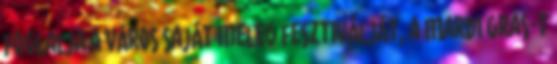
foglalja a város saját meleg fesztiválját, a Mardi Gras-t